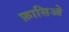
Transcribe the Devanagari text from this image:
फ़ासिओ